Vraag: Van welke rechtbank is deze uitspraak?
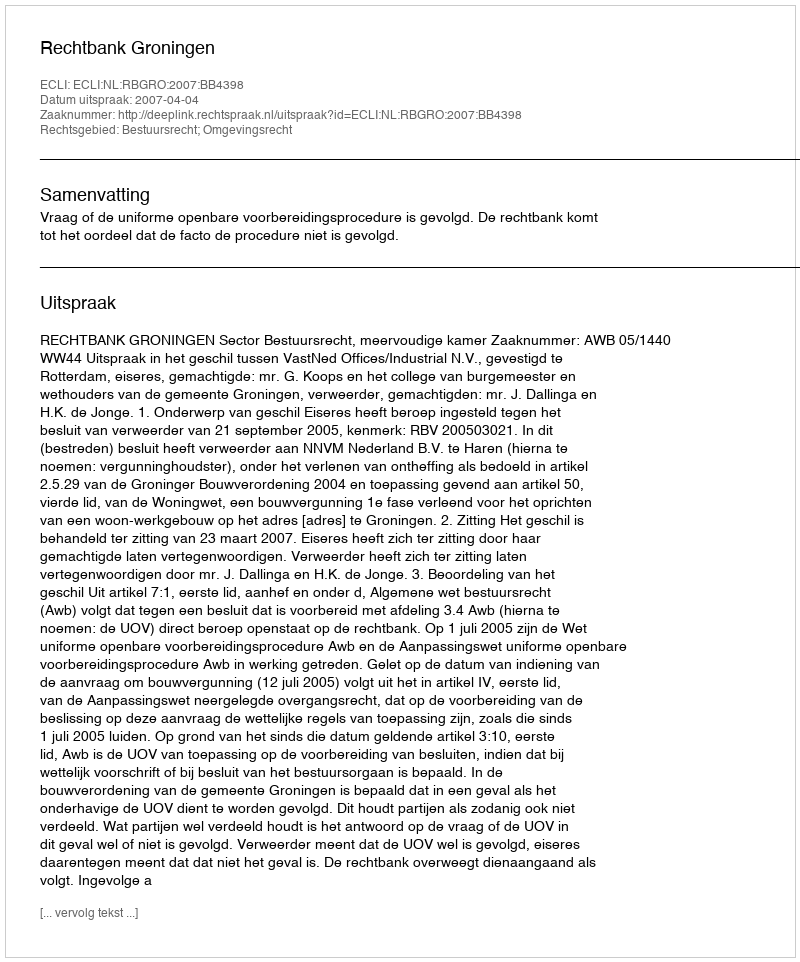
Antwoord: Rechtbank Groningen